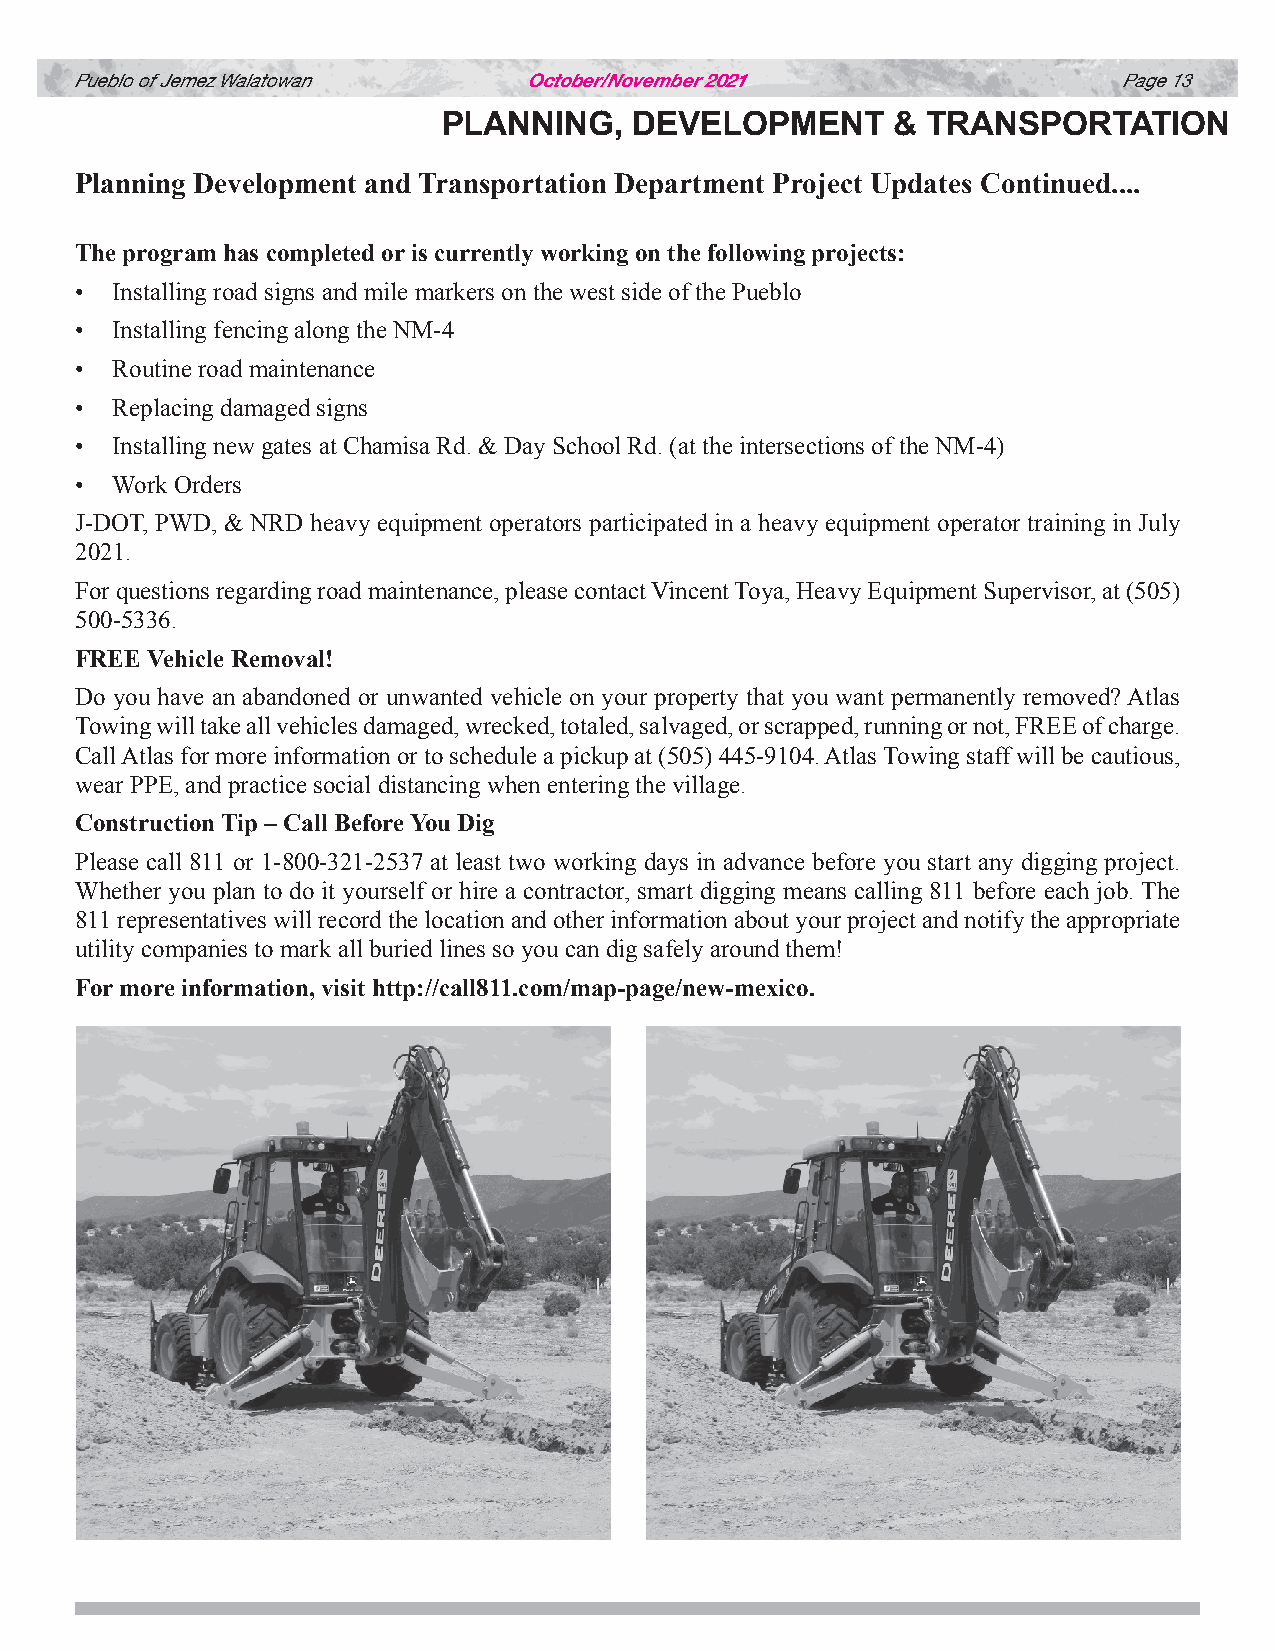
Pueblo of Jemez Walatowan     October/November 2021                  Page 13
 PLANNING,    DEVELOPMENT      & TRANSPORTATION
 Planning Development and Transportation Department Project Updates Continued....
 The program has completed or is currently working on the following projects:
 • Installing road signs and mile markers on the west side of the Pueblo
 • Installing fencing along the NM-4
 • Routine road maintenance
 • Replacing damaged signs
 • Installing new gates at Chamisa Rd. & Day School Rd. (at the intersections of the NM-4)
 • Work Orders
 J-DOT, PWD, & NRD heavy equipment operators participated in a heavy equipment operator training in July
 2021.
 For questions regarding road maintenance, please contact Vincent Toya, Heavy Equipment Supervisor, at (505)
 500-5336.
 FREE Vehicle Removal!
 Do you have an abandoned or unwanted vehicle on your property that you want permanently removed? Atlas
 Towing will take all vehicles damaged, wrecked, totaled, salvaged, or scrapped, running or not, FREE of charge.
 Call Atlas for more information or to schedule a pickup at (505) 445-9104. Atlas Towing staff will be cautious,
 wear PPE, and practice social distancing when entering the village.
 Construction Tip – Call Before You Dig
 Please call 811 or 1-800-321-2537 at least two working days in advance before you start any digging project.
 Whether you plan to do it yourself or hire a contractor, smart digging means calling 811 before each job. The
 811 representatives will record the location and other information about your project and notify the appropriate
 utility companies to mark all buried lines so you can dig safely around them!
 For more information, visit http://call811.com/map-page/new-mexico.